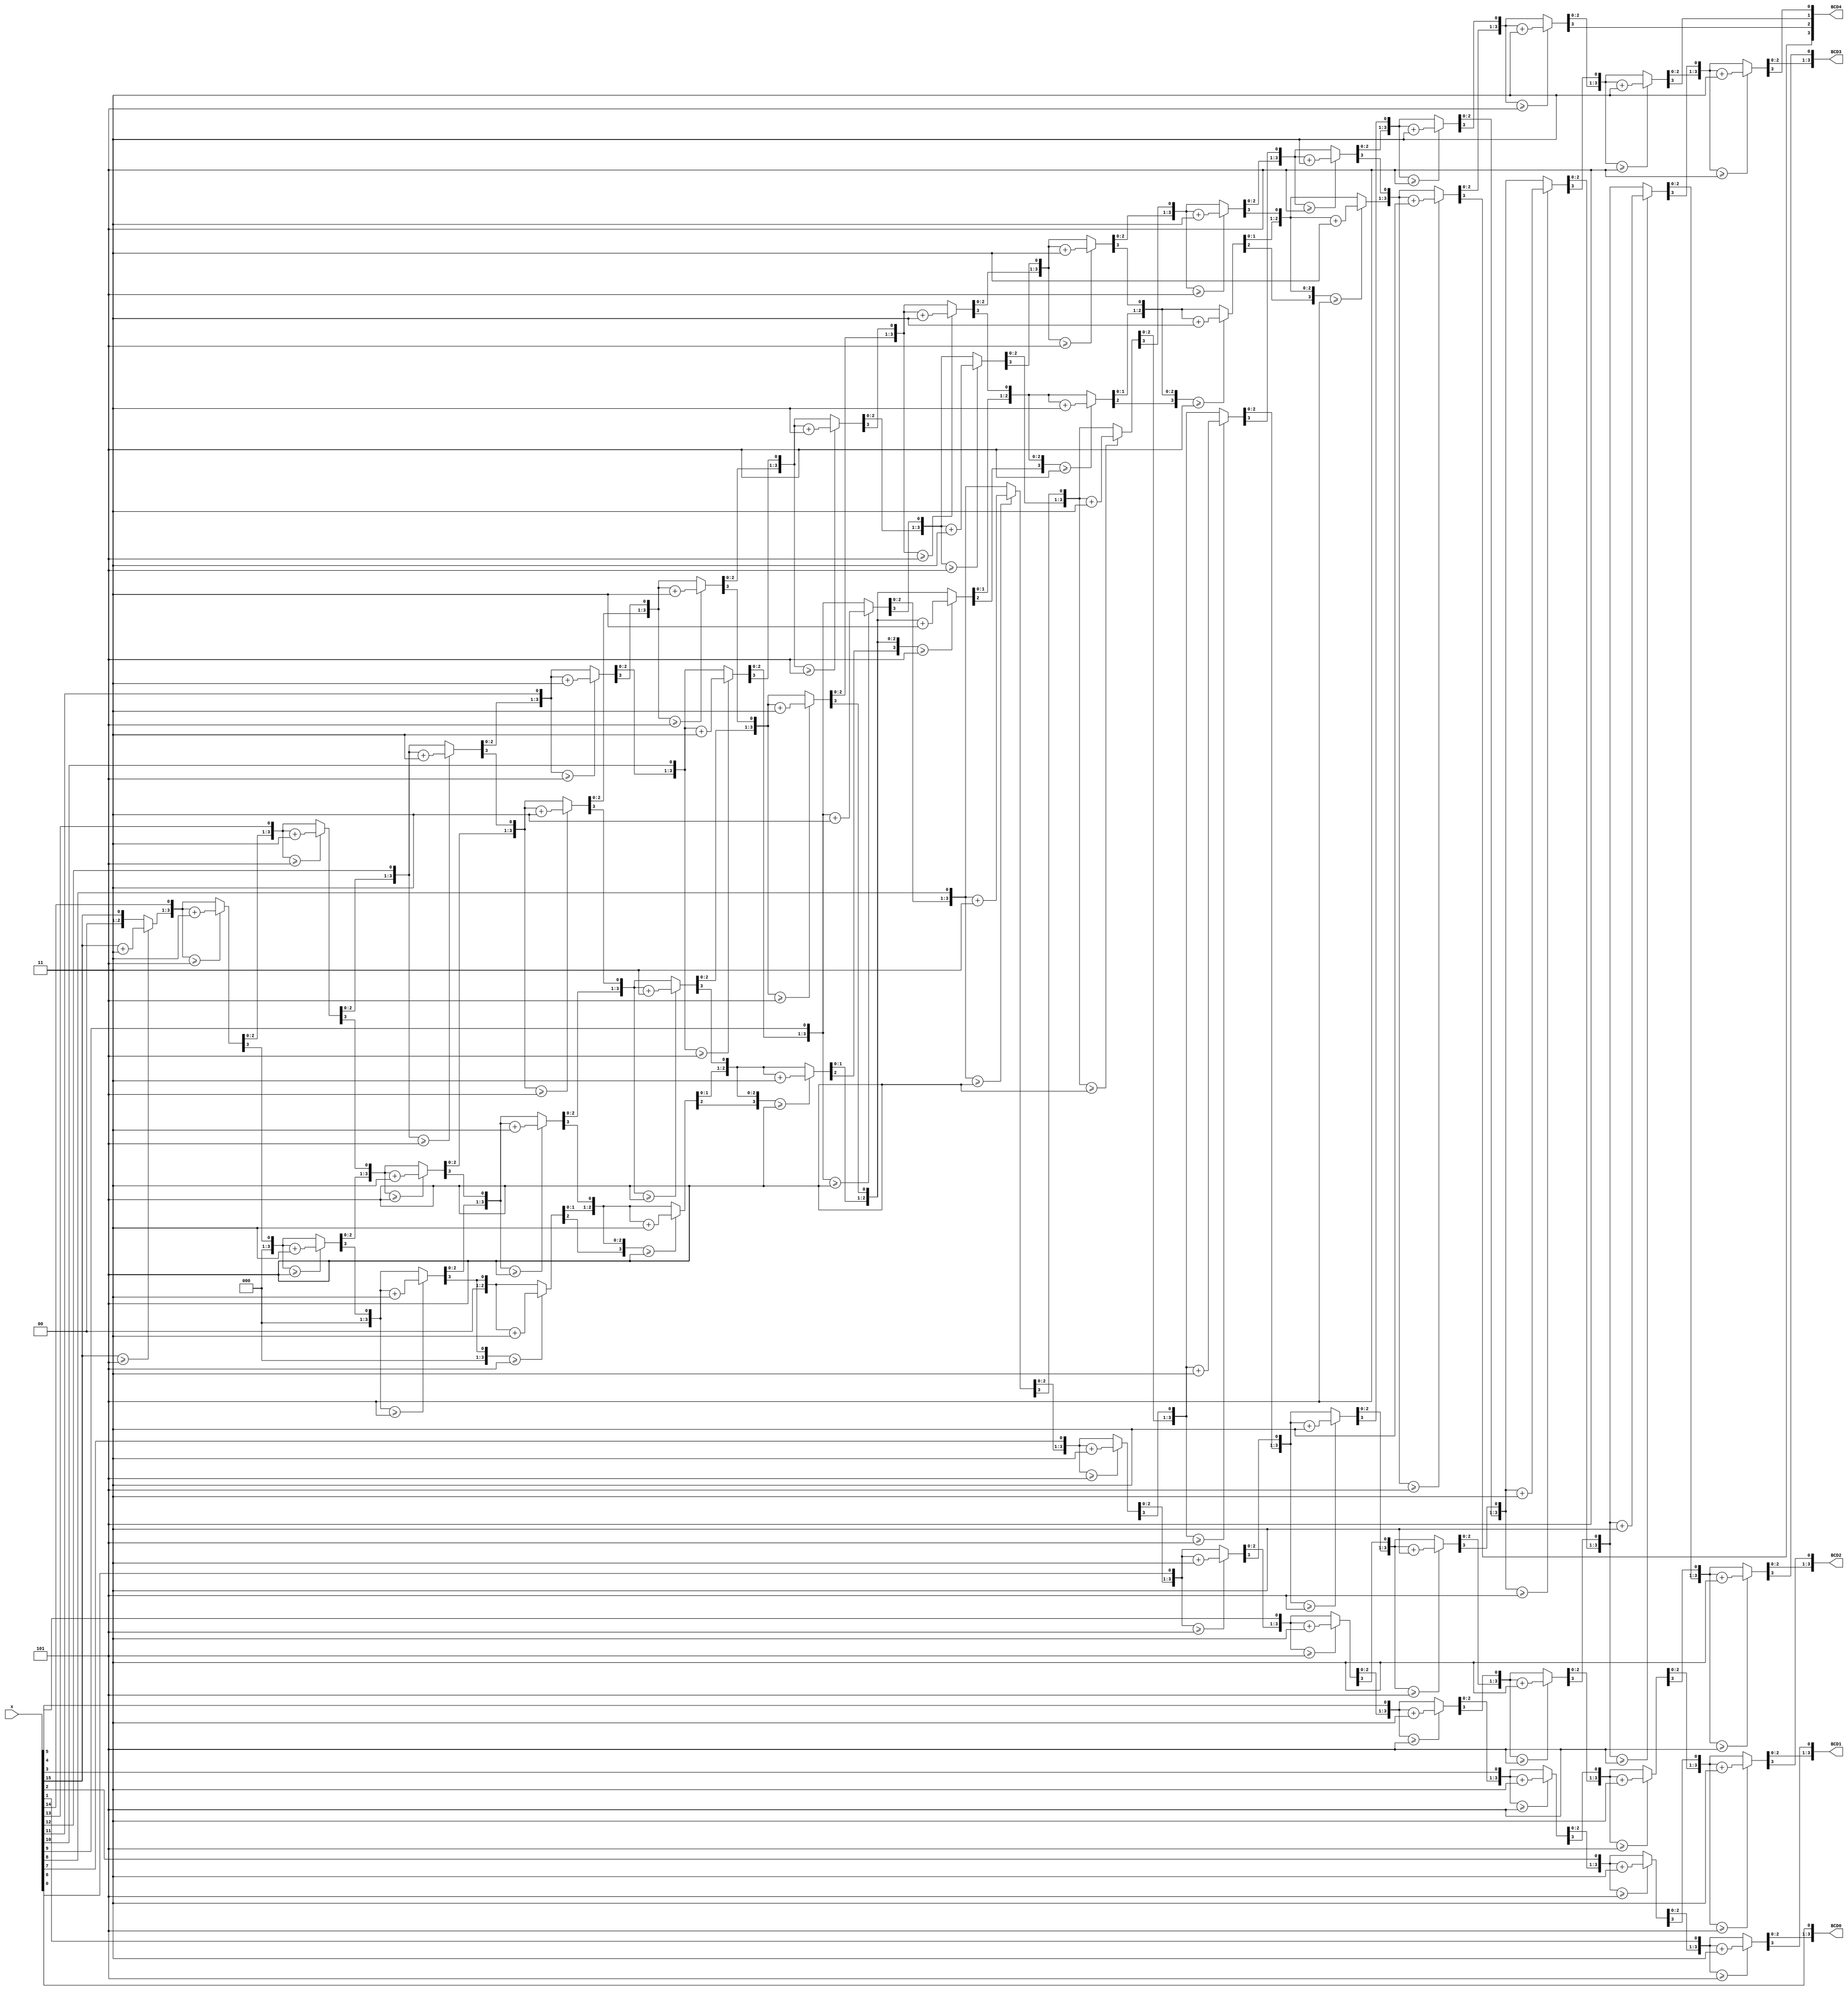
// Design Name : bin2bcd_16
// Function : convert 16-bit binary number x to five BCD digits
// Version: 1.0 (14 Nov 2020)
//---------------------------------------------------
//ALGORITHM: (See explanation on course webpage)
//   Shift binary number x left by one bit into temporary register 'result'
//   If bottom 4 bits of result  >= 5
//		add 3 (only once)
//   Continue shifting x into result until all bit in x have been processed


module bin2bcd(x, BCD0, BCD1, BCD2, BCD3, BCD4);
	input[15:0] x;			// value ot be converted
	output reg[3:0] BCD0, BCD1, BCD2, BCD3, BCD4;  // BCD digits
	
	 // Concatenation of input and output
   reg [35:0] result;  // no of bits = no_of_bit of x + 4* no of digits
   integer i;
   
   always @(*)
   begin
      result[35:0] = 0;
      result[15:0] = x;

      for (i=0; i<16; i=i+1) begin
			// Check if unit digit >= 5
         if (result[19:16] >= 5)
            result[19:16] = result[19:16] + 4'd3;
				
         // Check if ten digita >= 5
         if (result[23:20] >= 5)
            result[23:20] = result[23:20] + 4'd3;
            
			// CHeck if hundred digit >= 5
         if (result[27:24] >= 5)
            result[27:24] = result[27:24] + 4'd3;
				
			// check if thousand digit > 5
         if (result[31:28] >= 5)
            result[31:28] = result[31:28] + 4'd3;

			// Shift everything left
         result = result << 1;
      end
      
      // Decode output from result
      BCD0 = result[19:16];
		BCD1 = result[23:20];		
		BCD2 = result[27:24];
		BCD3 = result[31:28];
		BCD4 = result[35:32];
   end
	
endmodule